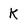
Character: K